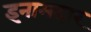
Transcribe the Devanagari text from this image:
इनामदार